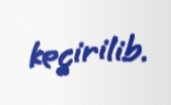
keçirilib.